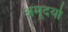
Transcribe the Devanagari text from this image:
अमूदर्या